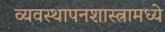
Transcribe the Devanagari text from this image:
व्यवस्थापनशास्त्रामध्ये